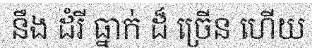
នឹង ដំរី ធ្នាក់ ដ៏ ច្រើន ហើយ